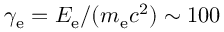
\gamma _ { \mathrm { e } } = E _ { \mathrm { e } } / ( m _ { \mathrm { e } } c ^ { 2 } ) \sim 1 0 0